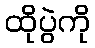
ထိုပွဲကို